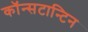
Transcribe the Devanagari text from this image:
कॉन्सटान्टिन